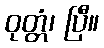
ဝုတ္တံ၊ ပြီ။